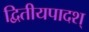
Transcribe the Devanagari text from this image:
द्वितीयपादश्